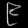
Digit: ၉